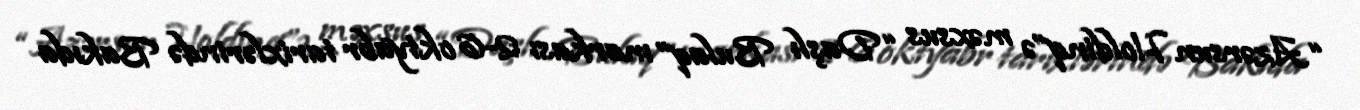
“Azərsun Holdinq”ə məxsus “Daşlı Bulaq” markası 2-6 oktyabr tarixlərində Bakıda